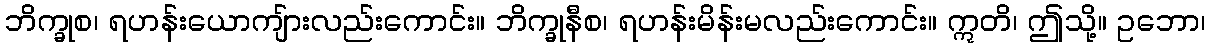
ဘိက္ခုစ၊ ရဟန်းယောကျ်ားလည်းကောင်း။ ဘိက္ခုနီစ၊ ရဟန်းမိန်းမလည်းကောင်း။ ဣတိ၊ ဤသို့။ ဥဘော၊